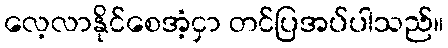
လေ့လာနိုင်စေအံ့ငှာ တင်ပြအပ်ပါသည်။